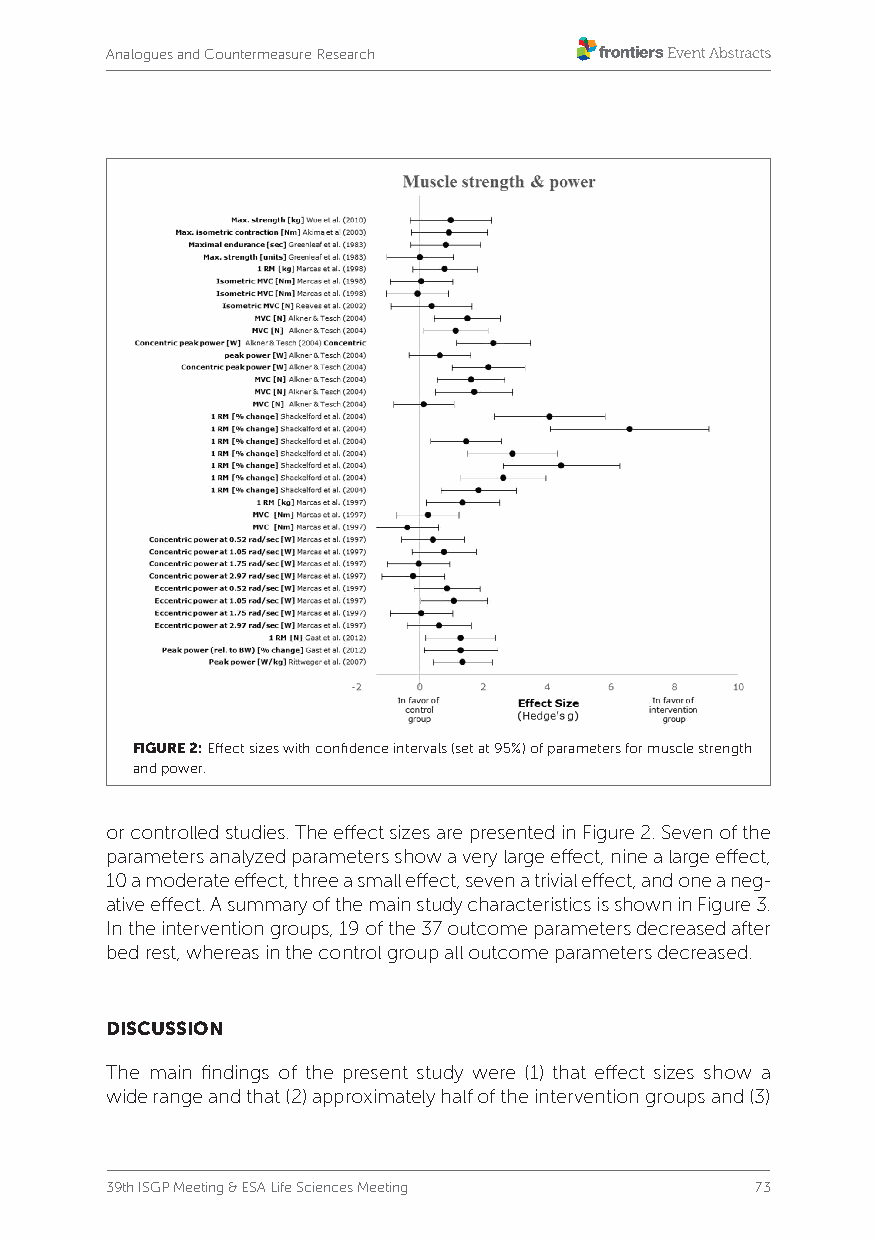
Analogues and Countermeasure Research
 FIGURE 2: Effect sizes with confidence intervals (set at 95%) of parameters for muscle strength
 and power.
 or controlled studies. The effect sizes are presented in Figure 2. Seven of the
 parameters analyzed parameters show a very large effect, nine a large effect,
 10 a moderate effect, three a small effect, seven a trivial effect, and one a neg-
 ative effect. A summary of the main study characteristics is shown in Figure 3.
 In the intervention groups, 19 of the 37 outcome parameters decreased after
 bed rest, whereas in the control group all outcome parameters decreased.
 DISCUSSION
 The main findings of the present study were (1) that effect sizes show a
 wide range and that (2) approximately half of the intervention groups and (3)
 39th ISGP Meeting & ESA Life Sciences Meeting 73